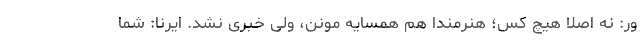
ور: نه اصلا هیچ کس؛ هنرمندا هم همسایه مونن، ولی خبری نشد. ایرنا: شما